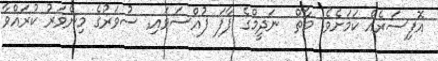
އޮފިސަރެއް ކަމަށެވެ. މާތް  ނަދީމްގެ ފާފަ ފުއްސަވައި